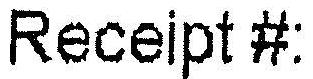
RECEIPT#: